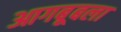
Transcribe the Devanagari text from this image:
आगबूबला